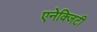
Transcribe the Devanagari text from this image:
एनेक्जिटी